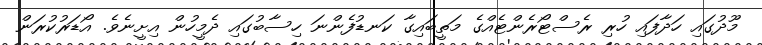
މޫދުގައި ހަދާފައި ހުރި ރެސްޓޯރެންޓެއްގެ މަތީބައިގާ ކަނޑުފެންނަ ހިސާބުގައި ދެމީހުން އިށީނެވެ. އޯޑަރުކުރަން